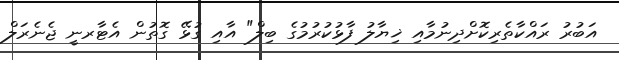
އަބުރު ރައްކާތެރިކޮށްދިނުމާއި ޚިޔާލު ފާޅުކުރުމުގެ ބިލް" އާއި ގުޅޭ ގޮތުން އެޓާރނީ ޖެނެރަލް